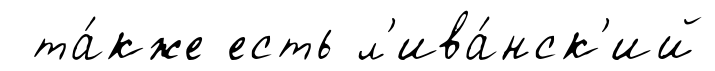
та́кже есть л'ива́нск'ий